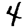
Digit: 4